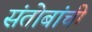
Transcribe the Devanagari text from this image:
संतोबांची